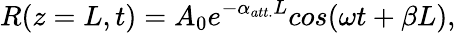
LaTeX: R(z=L,t)=A_{0}e^{-\alpha_{att.}L}cos(\omega t+\beta L),